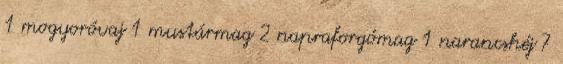
1 mogyoróvaj 1 mustármag 2 napraforgómag 1 narancshéj 7